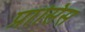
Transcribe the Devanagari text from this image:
प्रांसिस